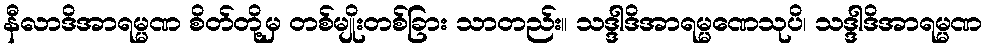
နီလာဒိအာရမ္မဏ စိတ်တို့မှ တစ်မျိုးတစ်ခြား သာတည်း။ သဒ္ဒါဒိအာရမ္မဏေသုပိ၊ သဒ္ဒါဒိအာရမ္မဏ